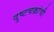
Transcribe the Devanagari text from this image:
दुष्टचक्रांची